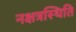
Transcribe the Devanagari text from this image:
नक्षत्रस्थिति